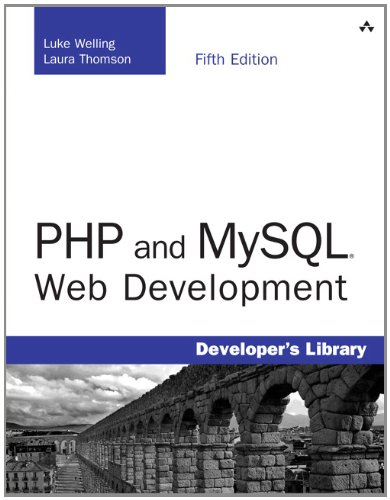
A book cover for PHP and MySQL Web Development (5th Edition) (Developer's Library); Luke Welling; Computers & Technology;